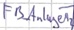
Text: FB_AnlageM2